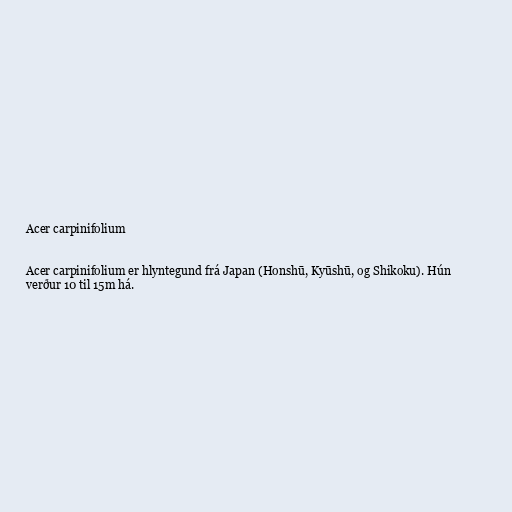
Acer carpinifolium

Acer carpinifolium er hlyntegund frá Japan (Honshū, Kyūshū, og Shikoku). Hún
verður 10 til 15m há.